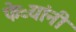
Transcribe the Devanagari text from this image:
फेऱ्यांनी